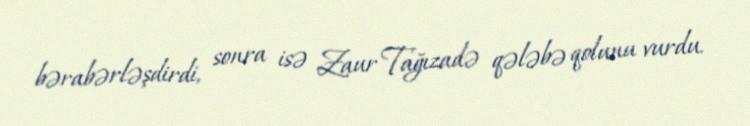
bərabərləşdirdi, sonra isə Zaur Tağızadə qələbə qolunu vurdu.